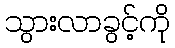
သွားလာခွင့်ကို